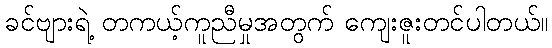
ခင်ဗျားရဲ့ တကယ့်ကူညီမှုအတွက် ကျေးဇူးတင်ပါတယ်။